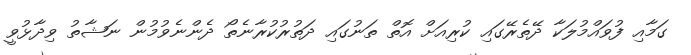
ގަމާއި ފުވައްމުލަކާ ދޭތެރޭގައި ކުރިއަށް އޮތް ތަނުގައި ދަތުރުކުރާނެތޯ ދެންނެވުމުން ނަޝާތު ވިދާޅުވީ